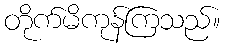
တိုက်မိကုန်ကြသည်။